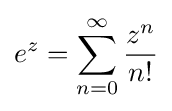
e^{z}=\sum _{n=0}^{\infty }{\frac {z^{n}}{n!}}